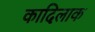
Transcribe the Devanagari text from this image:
कादिलाक